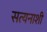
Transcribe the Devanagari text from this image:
सत्यनाशी